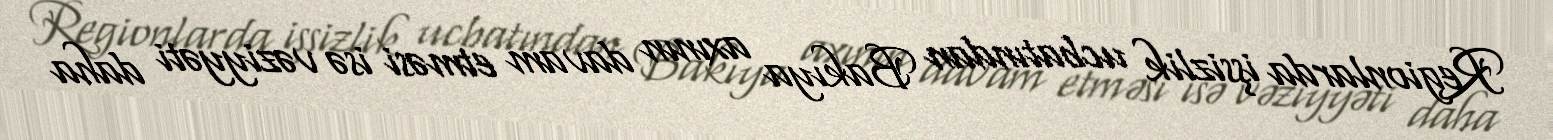
Regionlarda işsizlik ucbatından Bakıya axının davam etməsi isə vəziyyəti daha